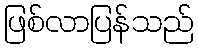
ဖြစ်လာပြန်သည်